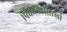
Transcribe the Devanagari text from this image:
पिचब्लेंडसारखी